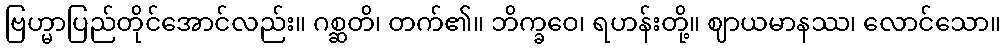
ဗြဟ္မာပြည်တိုင်အောင်လည်း။ ဂစ္ဆတိ၊ တက်၏။ ဘိက္ခဝေ၊ ရဟန်းတို့။ ဈာယမာနဿ၊ လောင်သော။